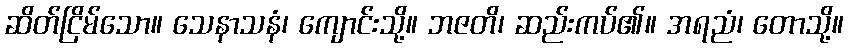
ဆိတ်ငြိမ်သော။ သေနာသနံ၊ ကျောင်းသို့။ ဘဇတိ၊ ဆည်းကပ်၏။ အရညံ၊ တောသို့။